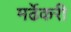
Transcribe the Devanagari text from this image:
मर्ढेकरी